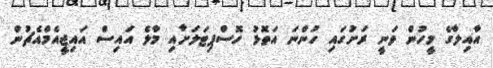
އާއިލާގެ މީހުން ވަނީ ރަށުގައި ހުންނަ އަތޮޅު ހޮސްޕިޓަލަށާއި މާލެ އައިސް އައިޖީއެމްއެޗުން